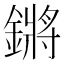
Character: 鏘